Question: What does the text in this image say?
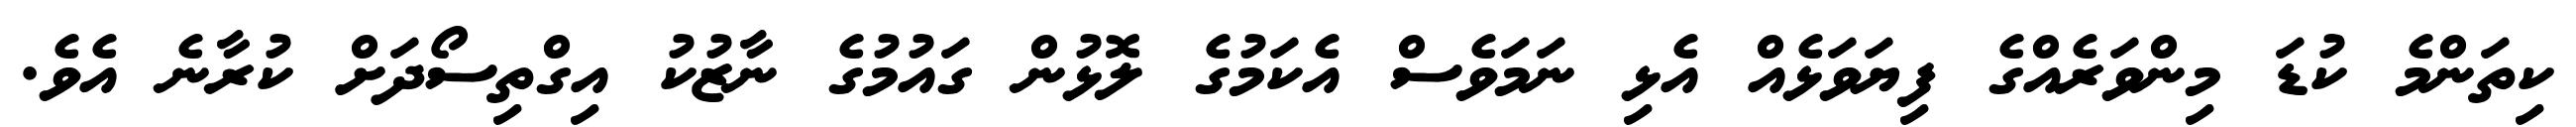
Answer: ކިތަންމެ ކުޑަ މިންވަރެއްގެ ފިޔަވަޅެއް އެޅި ނަމަވެސް އެކަމުގެ ލޮޅުން ގައުމުގެ ނާޒުކު އިގްތިސޯދަށް ކުރާނެ އެވެ.